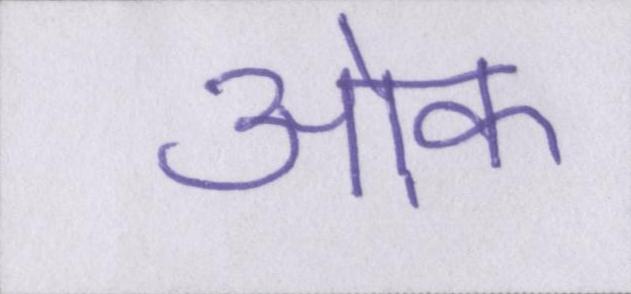
ओक